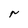
Character: r